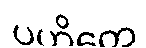
ပဟိတေ